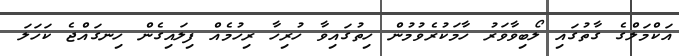
އަކްމަލްގެ ގާތުގައި ލޯބިވާވަރު ހާމަކުރެވުމުން ހިތުގައިވާ ހުރިހާ ރިހުމެއް ފިލައިގެން ހިނގައްޖެ ކަހަލަ